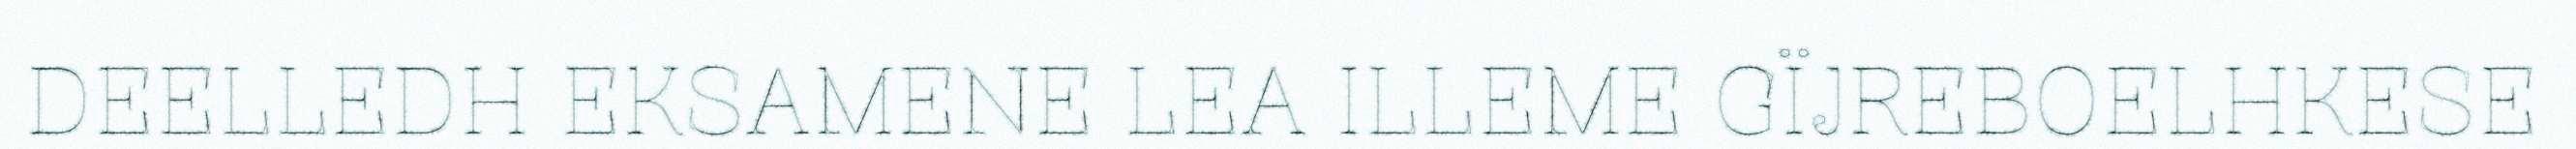
DEELLEDH EKSAMENE LEA ILLEME GÏJREBOELHKESE